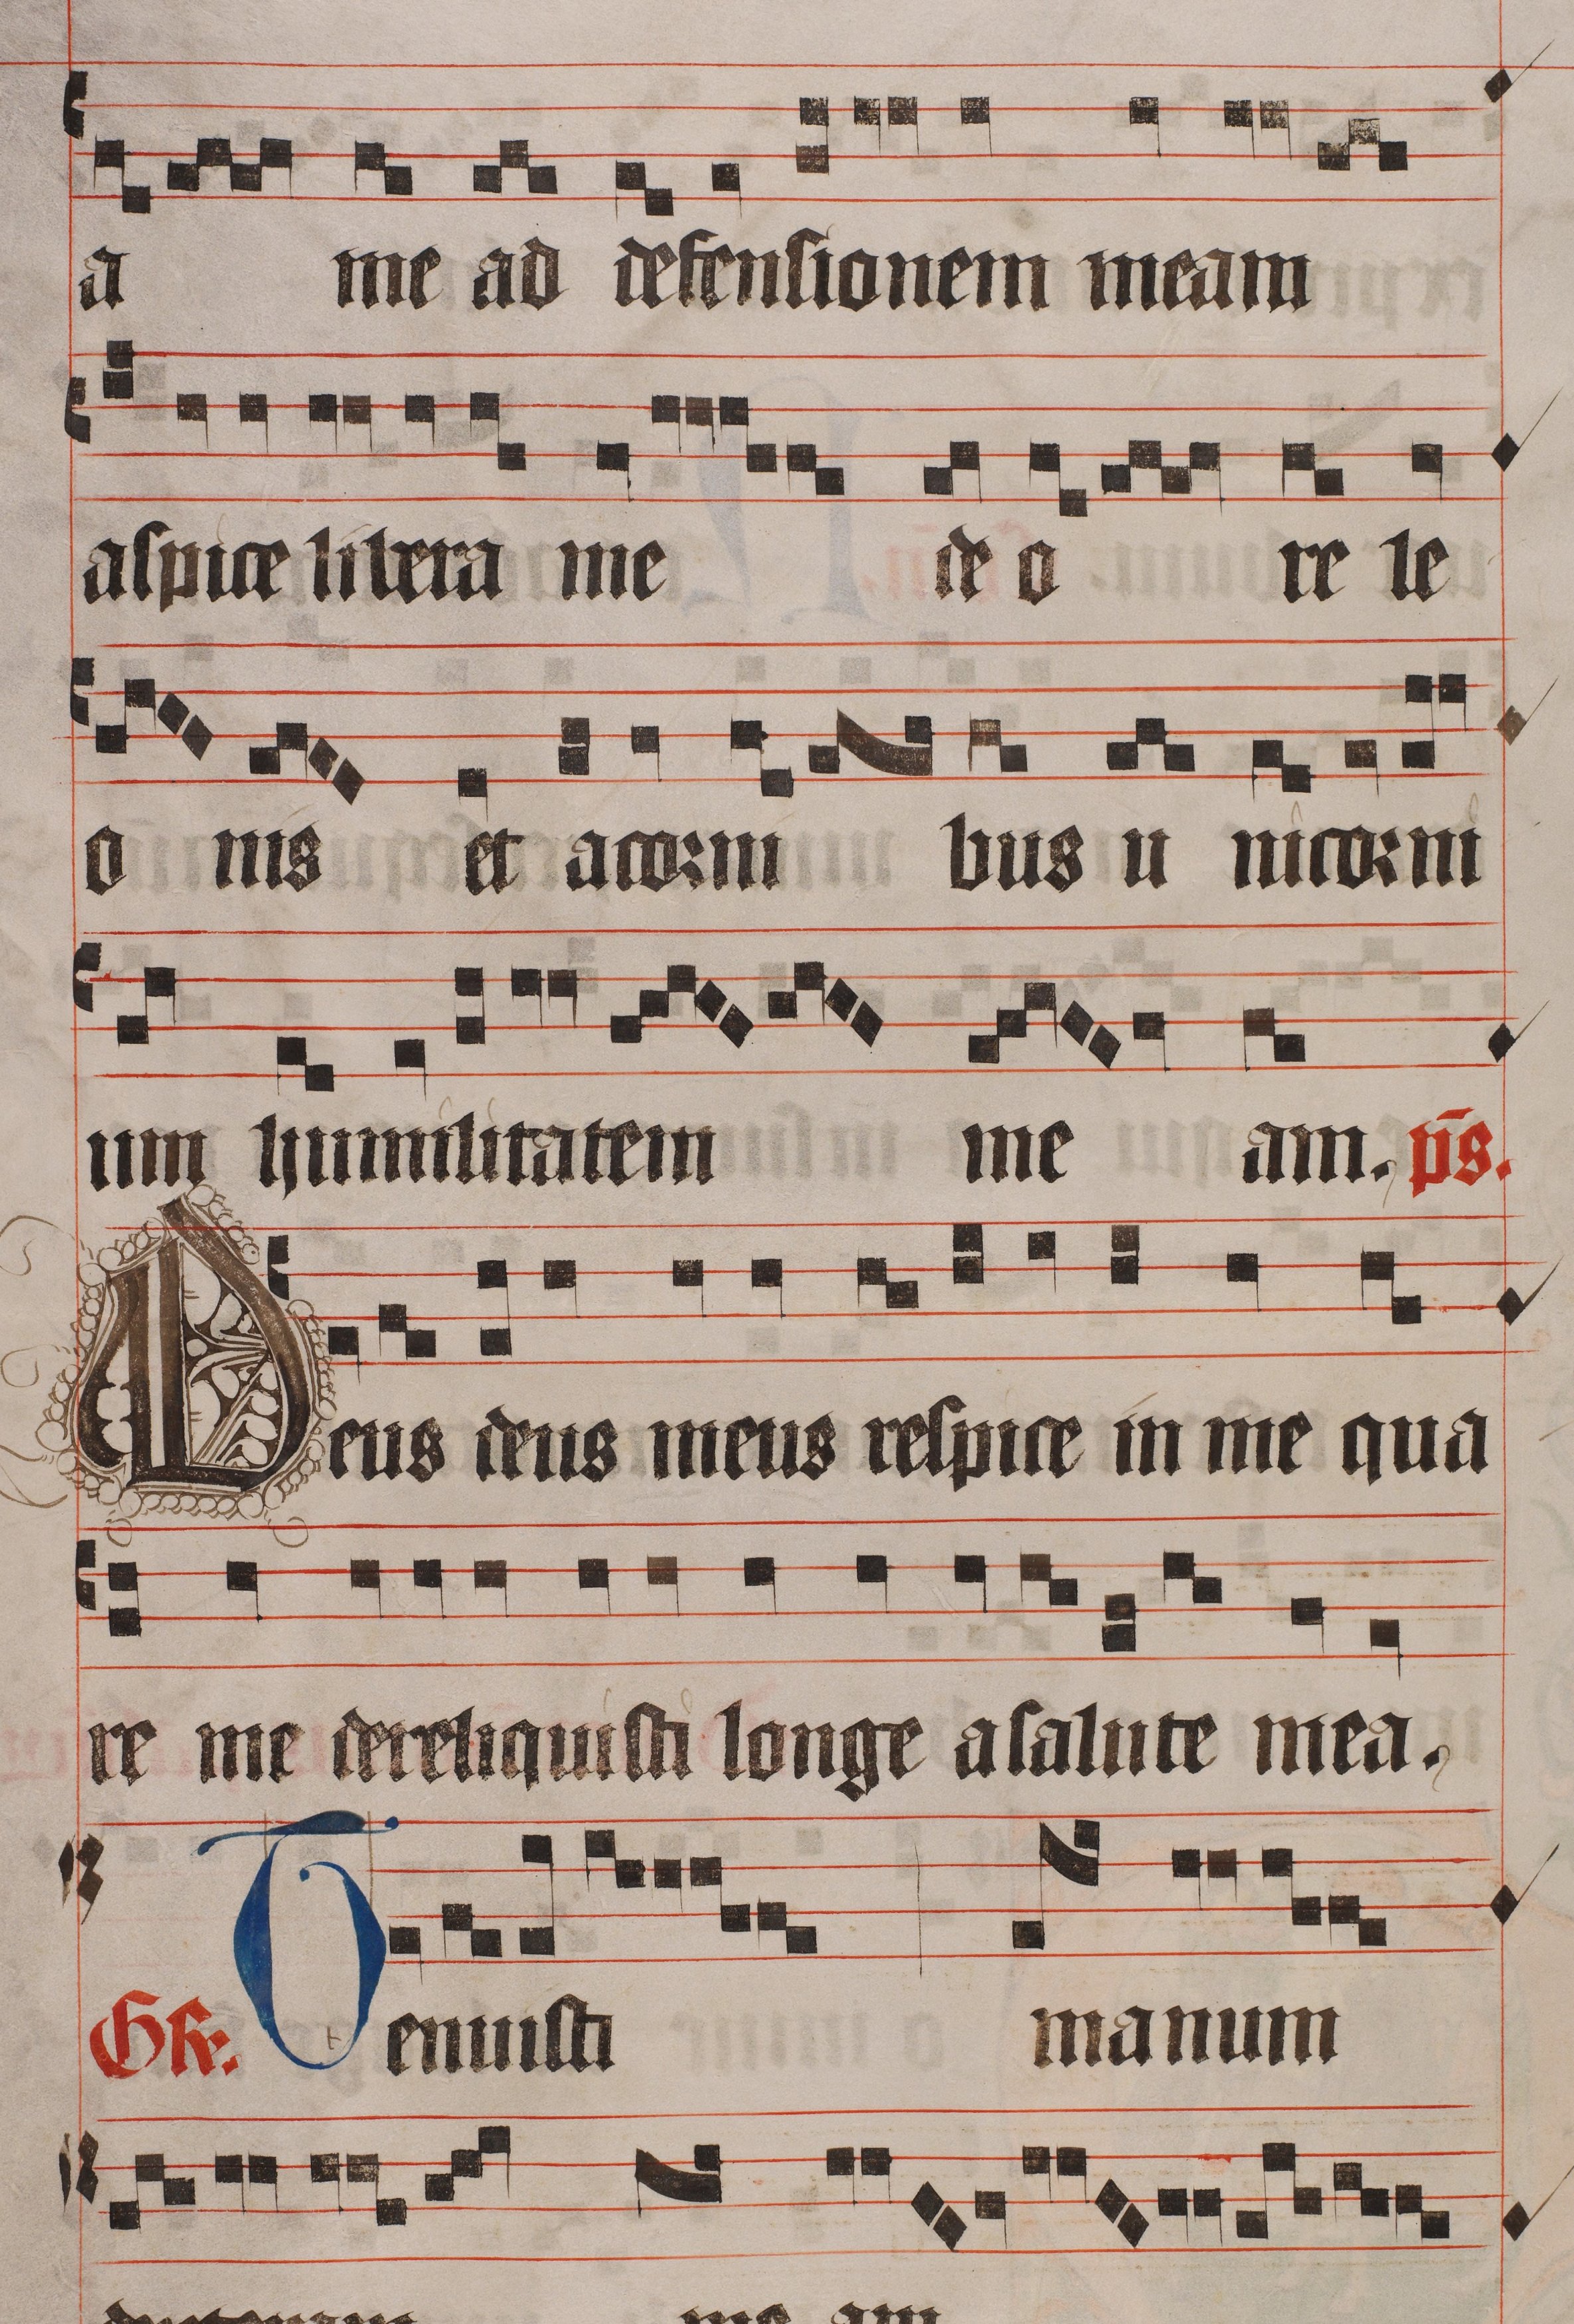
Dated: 1445–1475